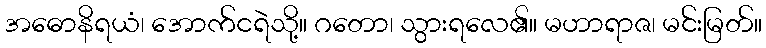
အဓောနိရယံ၊ အောက်ငရဲသို့။ ဂတော၊ သွားရလေ၏။ မဟာရာဇ၊ မင်းမြတ်။